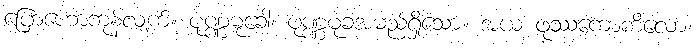
ပြောဟောကုန်လျက်။ ပုဏ္ဏမုခေါ၊ ပုဏ္ဏမုခအမည်ရှိသော။ အယံ ဖုဿကောကိလော၊